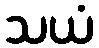
သယံ